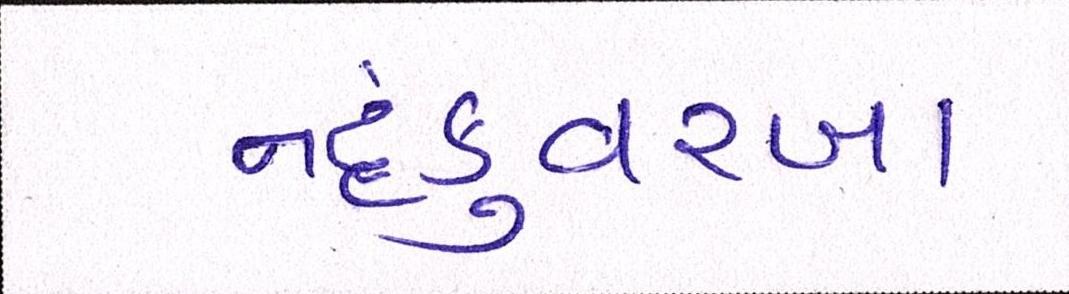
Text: નંદકુંવરબા